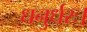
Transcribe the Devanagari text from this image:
धनुर्धरः।